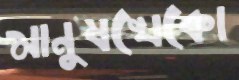
মানুষখেকো